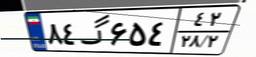
۸۴گ۶۵۴۴۲